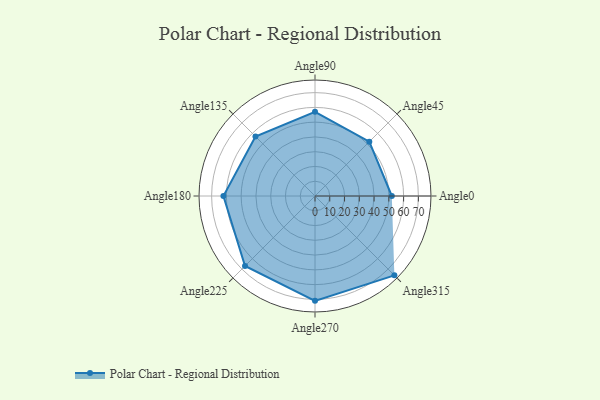
{"axis": {"x": "Angle", "y": "Radius"}, "legend": [""], "data": [{"x": "Angle0", "y": 52.0, "type": ""}, {"x": "Angle45", "y": 52.0, "type": ""}, {"x": "Angle90", "y": 57.0, "type": ""}, {"x": "Angle135", "y": 57.0, "type": ""}, {"x": "Angle180", "y": 62.0, "type": ""}, {"x": "Angle225", "y": 67.0, "type": ""}, {"x": "Angle270", "y": 71.0, "type": ""}, {"x": "Angle315", "y": 76.0, "type": ""}]}